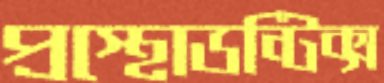
প্রস্থোডন্টিক্স